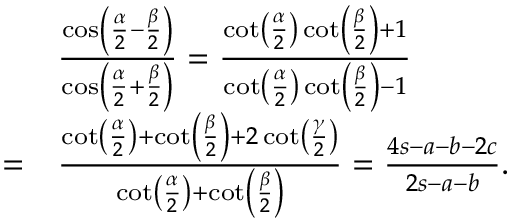
{ \begin{array} { r l } & { { \frac { \cos \left( { \frac { \alpha } { 2 } } - { \frac { \beta } { 2 } } \right) } { \cos \left( { \frac { \alpha } { 2 } } + { \frac { \beta } { 2 } } \right) } } = { \frac { \cot \left( { \frac { \alpha } { 2 } } \right) \cot \left( { \frac { \beta } { 2 } } \right) + 1 } { \cot \left( { \frac { \alpha } { 2 } } \right) \cot \left( { \frac { \beta } { 2 } } \right) - 1 } } } \\ { = } & { { \frac { \cot \left( { \frac { \alpha } { 2 } } \right) + \cot \left( { \frac { \beta } { 2 } } \right) + 2 \cot \left( { \frac { \gamma } { 2 } } \right) } { \cot \left( { \frac { \alpha } { 2 } } \right) + \cot \left( { \frac { \beta } { 2 } } \right) } } = { \frac { 4 s - a - b - 2 c } { 2 s - a - b } } . } \end{array} }